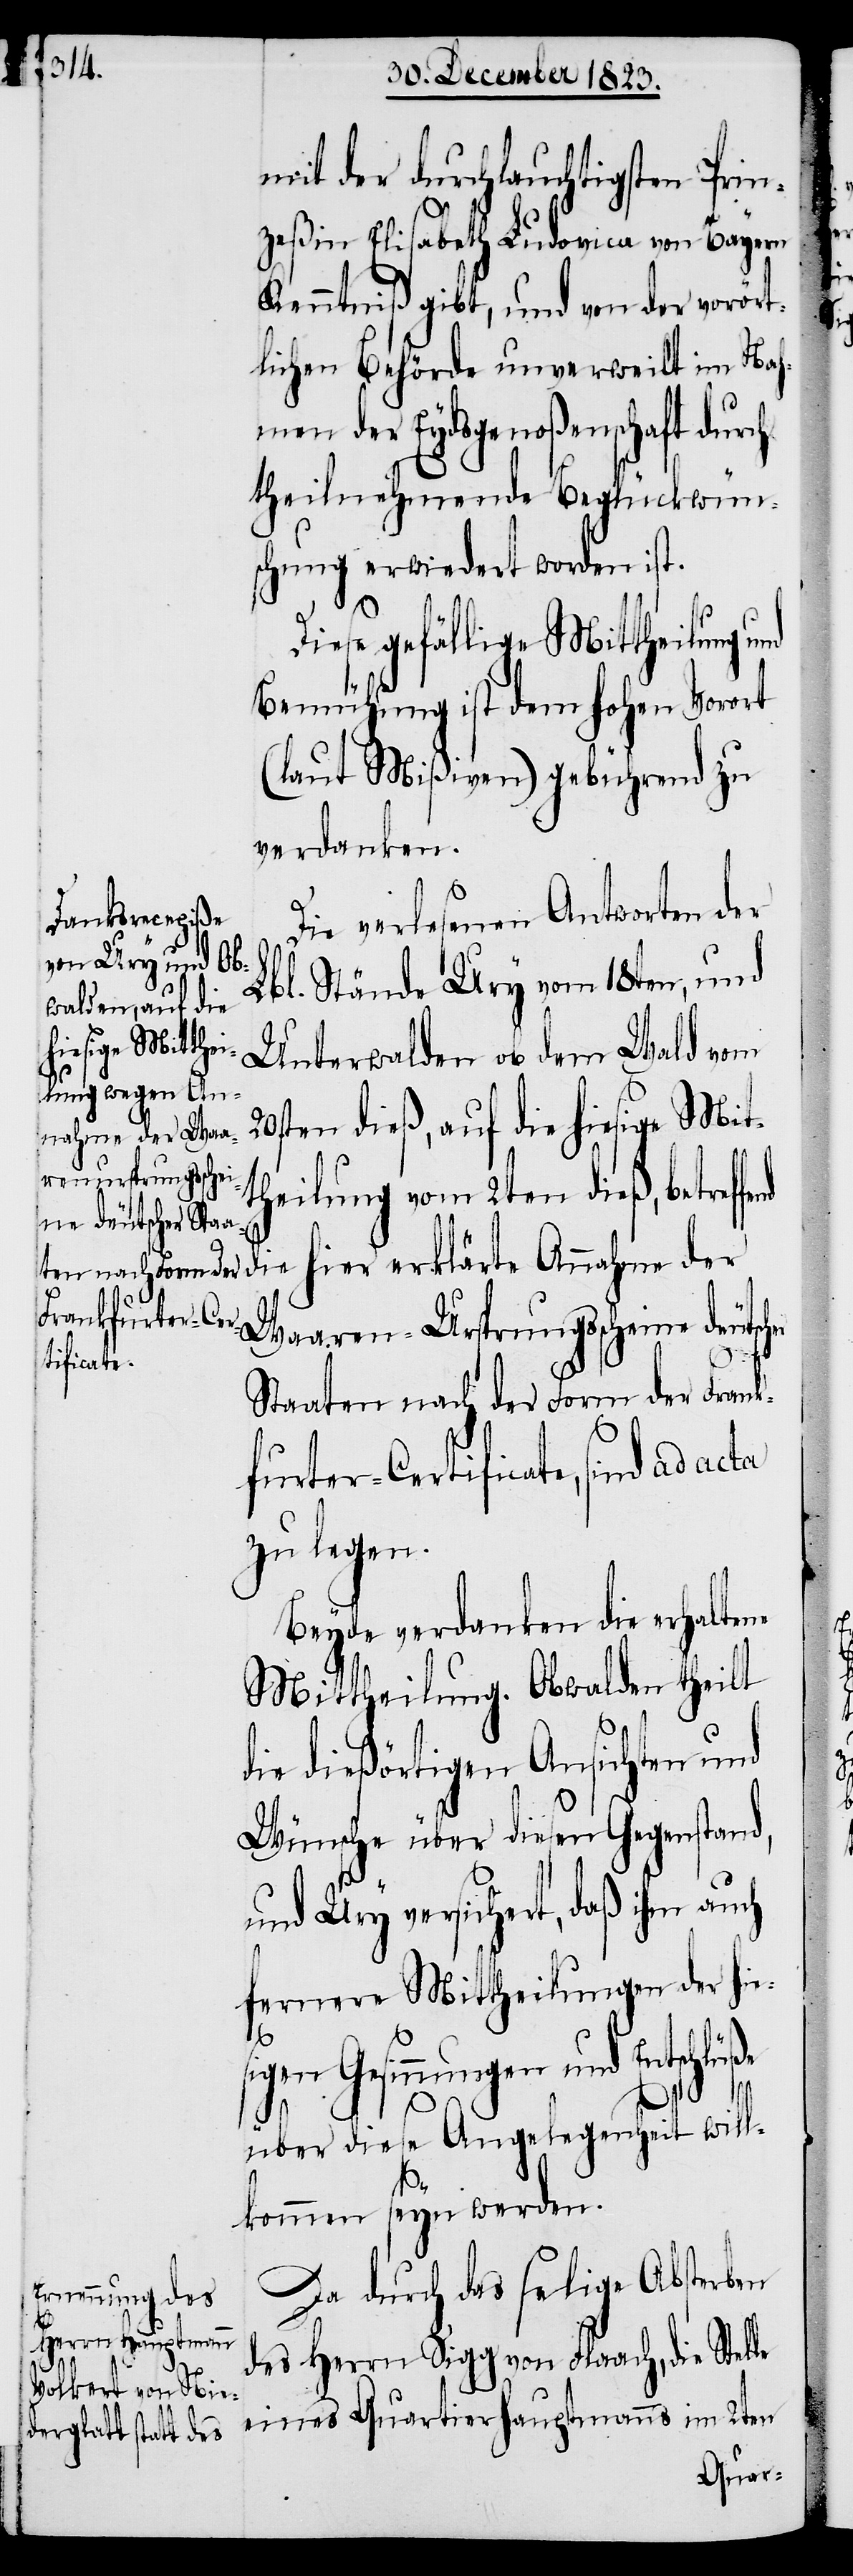
mit der durchlauchtigsten Prin¬
zeßin Elisabeth Ludovica von Bayern
Kenntniß gibt, und von der vorört¬
lichen Behörde unverweilt im Nah¬
men der Eydsgenoßenschaft durch
theilnehmende Beglückwün¬
schung erwiedert worden ist.
Diese gefällige Mittheilung und
Bemühung ist dem hohen Vorort
(laut Mißiven) gebührend zu
verdanken.
Die verlesenen Antworten der
Lbl. Stände Ury vom 18ten, und
Unterwalden ob dem Wald vom
20sten dieß, auf die hiesige Mit¬
theilung vom 2ten dieß, betreff¬
die hier erklärte Annahme der
Waaren-Ursprungsscheine deuts¬
Staaten nach der Form der Frank¬
furter-Certificate, sind ad acta
zu legen.
Beyde verdanken die erhaltene
Mittheilung. Obwalden theilt
die dießörtigen Ansichten und
Wünsche über diesen Gegenstand,
und Ury versichert, daß ihm auch
fernere Mittheilungen der
Gesinnungen und Entsch¬
lüße
über diese Angelegenheit will¬
kommen seyn werden.
Da durch das selige Absterben
des Herrn Sigg von Flaach, die Stelle
eines Quartierhauptmanns im 2ten